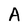
Character: A